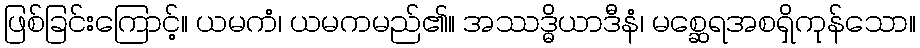
ဖြစ်ခြင်းကြောင့်။ ယမကံ၊ ယမကမည်၏။ အဿဒ္ဓိယာဒီနံ၊ မစ္ဆေရအစရှိကုန်သော။